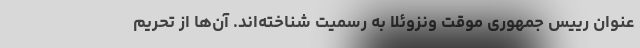
عنوان رییس جمهوری موقت ونزوئلا به رسمیت شناخته‌اند. آن‌ها از تحریم‌